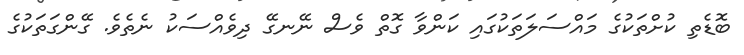
ބޮޑެތި ކުށްތަކުގެ މައްސަލަތަކުގައި ކަންވާ ގޮތް ވެސް ނޭނގޭ ދިވެއްސަކު ނެތެވެ. ގޭންގަތަކުގެ